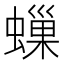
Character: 𧑀